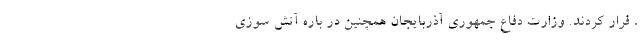
، فرار کردند. وزارت دفاع جمهوری آذربایجان همچنین در باره آتش سوزی